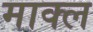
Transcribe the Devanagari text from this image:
माक्ल